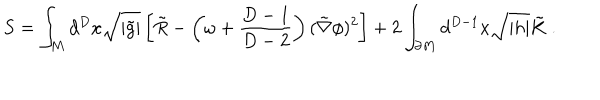
LaTeX: S = \int _ { M } d ^ { D } x \sqrt { | \tilde { g } | } \left[ \tilde { R } - \left( \omega + { \frac { D - 1 } { D - 2 } } \right) ( \tilde { \nabla } \phi ) ^ { 2 } \right] + 2 \int _ { \partial M } d ^ { D - 1 } x \sqrt { | h | } \tilde { K } \ .